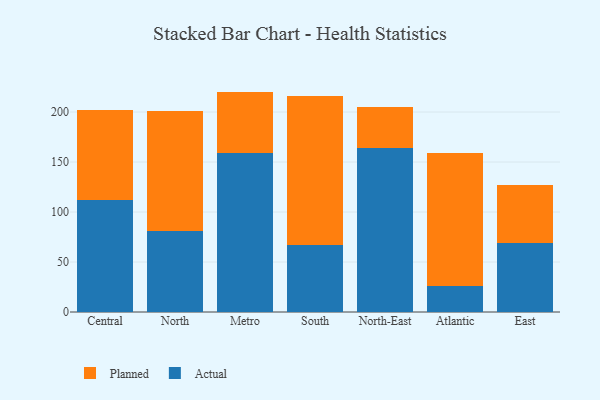
{"axis": {"x": "Region", "y": "Gross Profit (USD K)"}, "legend": ["Actual", "Planned"], "data": [{"x": "Central", "y": 112.1, "type": "Actual"}, {"x": "Central", "y": 90.3, "type": "Planned"}, {"x": "North", "y": 80.6, "type": "Actual"}, {"x": "North", "y": 120.1, "type": "Planned"}, {"x": "Metro", "y": 159.4, "type": "Actual"}, {"x": "Metro", "y": 61.0, "type": "Planned"}, {"x": "South", "y": 66.8, "type": "Actual"}, {"x": "South", "y": 148.8, "type": "Planned"}, {"x": "North-East", "y": 164.4, "type": "Actual"}, {"x": "North-East", "y": 40.7, "type": "Planned"}, {"x": "Atlantic", "y": 26.1, "type": "Actual"}, {"x": "Atlantic", "y": 132.9, "type": "Planned"}, {"x": "East", "y": 69.4, "type": "Actual"}, {"x": "East", "y": 57.7, "type": "Planned"}]}